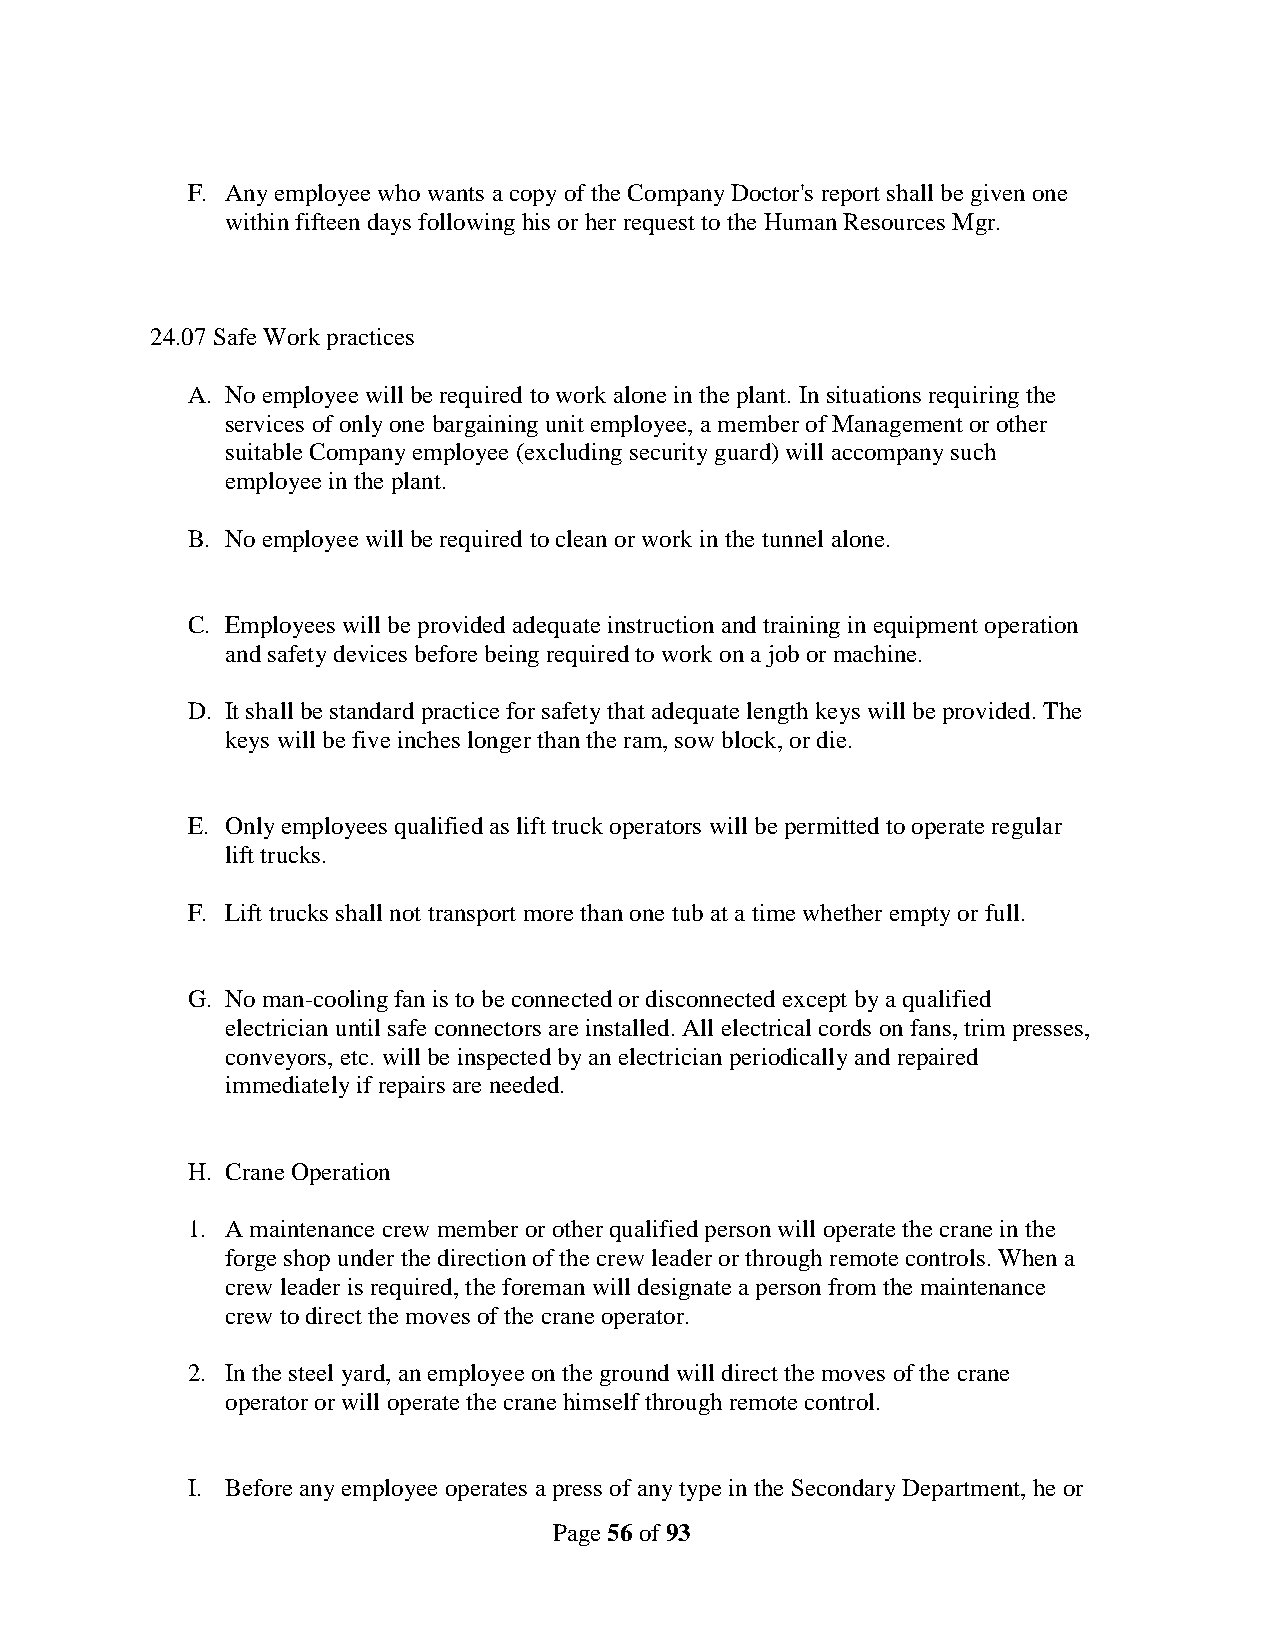
F. Any employee who wants a copy of the Company Doctor's report shall be given one
 within fifteen days following his or her request to the Human Resources Mgr.
 24.07 Safe Work practices
 A. No employee will be required to work alone in the plant. In situations requiring the
 services of only one bargaining unit employee, a member of Management or other
 suitable Company employee (excluding security guard) will accompany such
 employee in the plant.
 B. No employee will be required to clean or work in the tunnel alone.
 C. Employees will be provided adequate instruction and training in equipment operation
 and safety devices before being required to work on a job or machine.
 D. It shall be standard practice for safety that adequate length keys will be provided. The
 keys will be five inches longer than the ram, sow block, or die.
 E. Only employees qualified as lift truck operators will be permitted to operate regular
 lift trucks.
 F. Lift trucks shall not transport more than one tub at a time whether empty or full.
 G. No man-cooling fan is to be connected or disconnected except by a qualified
 electrician until safe connectors are installed. All electrical cords on fans, trim presses,
 conveyors, etc. will be inspected by an electrician periodically and repaired
 immediately if repairs are needed.
 H. Crane Operation
 1. A maintenance crew member or other qualified person will operate the crane in the
 forge shop under the direction of the crew leader or through remote controls. When a
 crew leader is required, the foreman will designate a person from the maintenance
 crew to direct the moves of the crane operator.
 2. In the steel yard, an employee on the ground will direct the moves of the crane
 operator or will operate the crane himself through remote control.
 I. Before any employee operates a press of any type in the Secondary Department, he or
 Page 56 of 93